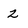
Character: 2